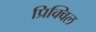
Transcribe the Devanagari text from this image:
प्रिक्विल